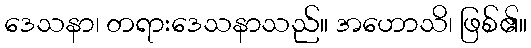
ဒေသနာ၊ တရားဒေသနာသည်။ အဟောသိ၊ ဖြစ်၏။